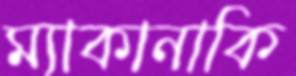
ম্যাকানাকি